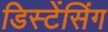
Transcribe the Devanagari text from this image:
डिस्टेंसिंग